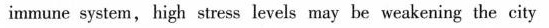
immune system, high stress levels may be weakening the city